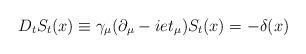
LaTeX: \begin{align*}D_tS_t(x)\equiv \gamma_{\mu}(\partial_{\mu}-iet_{\mu})S_t(x)=-\delta (x)\end{align*}